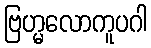
ဗြဟ္မလောကူပဂါ